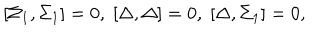
\lbrack \Sigma _ { 1 } , \Sigma _ { 1 } ] = 0 , \; [ \Delta , \Delta ] = 0 , \; [ \Delta , \Sigma _ { 1 } ] = 0 ,